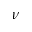
\nu